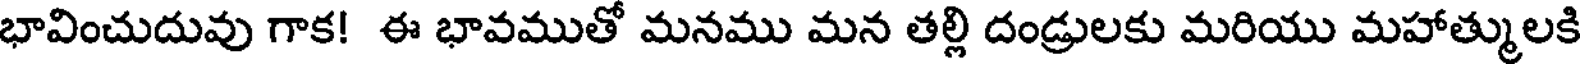
భావించుదువు గాక! ఈ భావముతో మనము మన తల్లి దండ్రులకు మరియు మహాత్ములకి